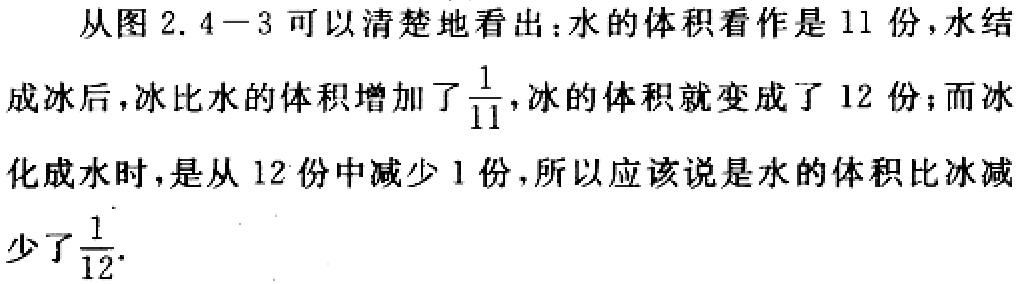
从图2.4−3可以清楚地看出：水的体积看作是11份，水结成冰后，冰比水的体积增加了$\frac{1}{11}$，冰的体积就变成了12份；而冰化成水时，是从12份中减少1份，所以应该说是水的体积比冰减少了$\frac{1}{12}$.